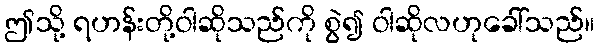
ဤသို့ ရဟန်းတို့ဝါဆိုသည်ကို စွဲ၍ ဝါဆိုလဟုခေါ်သည်။